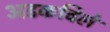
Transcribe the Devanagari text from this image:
अडकविले